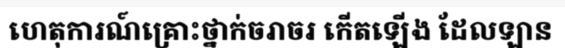
ហេតុការណ៍គ្រោះថ្នាក់ចរាចរ កើតឡើង ដែលឡាន